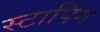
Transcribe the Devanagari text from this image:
स्टापिंग